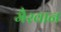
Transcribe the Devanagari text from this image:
मैरवान